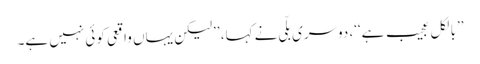
’’بالکل عجیب ہے‘‘، دوسری بلّی نے کہا، ’’لیکن یہاں واقعی کوئی نہیں ہے۔